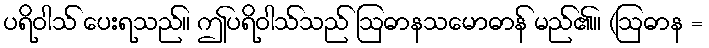
ပရိဝါသ် ပေးရသည်။ ဤပရိဝါသ်သည် ဩဓာနသမောဓာန် မည်၏။ (ဩဓာန =